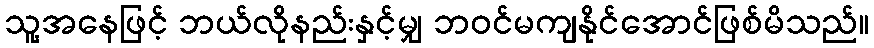
သူ့အနေဖြင့် ဘယ်လိုနည်းနှင့်မျှ ဘဝင်မကျနိုင်အောင်ဖြစ်မိသည်။